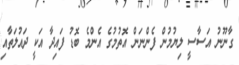
ގާނޫނު އަސާސީ ލިޔުމުން ފެންނަން އޮތުމުގެ އެންމެ ބޮޑު ފައިދާ އަކީ ދައުލަތާއި